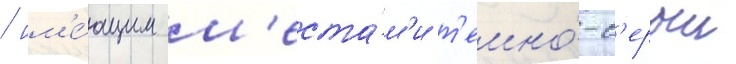
/ им'е́ющим м'еста́м'и т'емно́-с'ерыи